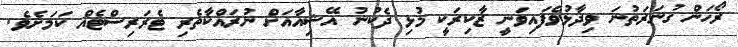
ރޯހަން ގުނަރަތުނަ ވިދާޅުވެފައިވަނީ ޒާކިރަކީ މުޅި ދެކުނު އޭޝިއާއަށް ނުރައްކާތެރި ޓެރަރިސްޓެއް ކަމަށެވެ.